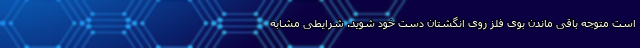
است متوجه باقی ماندن بوی فلز روی انگشتان دست خود شوید. شرایطی مشابه